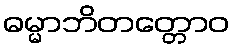
ဓမ္မာဘိတတ္တောဝ